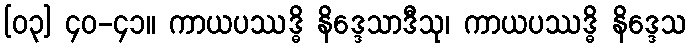
[၀၃] ၄၀-၄၁။ ကာယပဿဒ္ဓိ နိဒ္ဒေသာဒီသု၊ ကာယပဿဒ္ဓိ နိဒ္ဒေသ